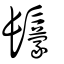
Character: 䰒